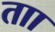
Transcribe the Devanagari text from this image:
ताा